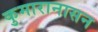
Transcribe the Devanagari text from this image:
कुमारानासन